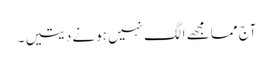
آج مما مجھے الگ نہیں ہونے دیتیں ۔